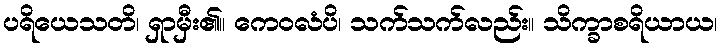
ပရိယေသတိ၊ ရှာမှီး၏။ ကေဝလံပိ၊ သက်သက်လည်း။ သိက္ခာစရိယာယ၊